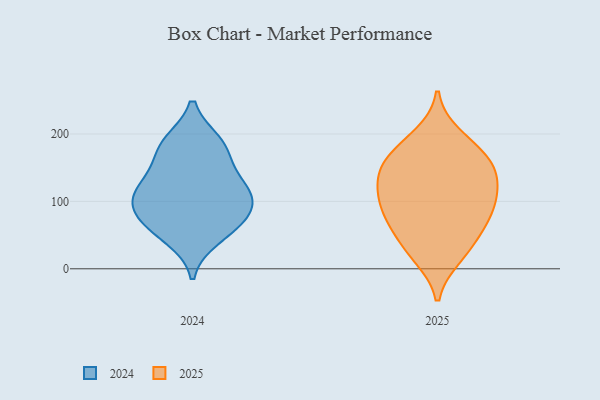
{"axis": {"x": "Operating Costs (USD K)", "y": "Value"}, "legend": ["2024", "2025"], "data": [{"x": "", "y": 83, "type": "2024"}, {"x": "", "y": 106, "type": "2024"}, {"x": "", "y": 130, "type": "2024"}, {"x": "", "y": 172, "type": "2024"}, {"x": "", "y": 131, "type": "2024"}, {"x": "", "y": 46, "type": "2024"}, {"x": "", "y": 62, "type": "2024"}, {"x": "", "y": 185, "type": "2024"}, {"x": "", "y": 109, "type": "2024"}, {"x": "", "y": 187, "type": "2024"}, {"x": "", "y": 71, "type": "2024"}, {"x": "", "y": 99, "type": "2024"}, {"x": "", "y": 136, "type": "2025"}, {"x": "", "y": 138, "type": "2025"}, {"x": "", "y": 95, "type": "2025"}, {"x": "", "y": 19, "type": "2025"}, {"x": "", "y": 160, "type": "2025"}, {"x": "", "y": 166, "type": "2025"}, {"x": "", "y": 118, "type": "2025"}, {"x": "", "y": 85, "type": "2025"}, {"x": "", "y": 197, "type": "2025"}, {"x": "", "y": 79, "type": "2025"}, {"x": "", "y": 66, "type": "2025"}, {"x": "", "y": 179, "type": "2025"}, {"x": "", "y": 44, "type": "2025"}, {"x": "", "y": 142, "type": "2025"}, {"x": "", "y": 26, "type": "2025"}, {"x": "", "y": 101, "type": "2025"}]}